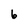
Character: 6